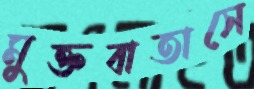
মুক্তবাতাসে